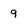
Character: 9